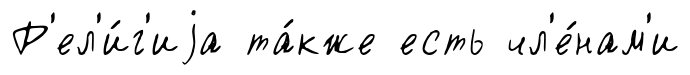
Р'ел'и́г'иjа та́кже есть чл'е́нам'и